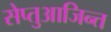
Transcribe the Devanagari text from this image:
सेप्तुआजिन्त